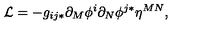
{ \cal L } = - g _ { i j * } \partial _ { M } \phi ^ { i } \partial _ { N } \phi ^ { j * } \eta ^ { M N } ,